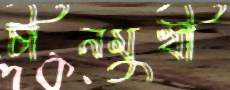
চীনমুখী